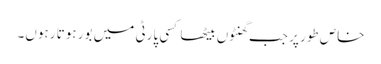
خاص طور پر جب گھنٹوں بیٹھا کسی پارٹی میں بور ہوتا رہوں۔